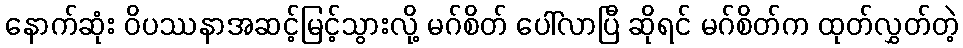
နောက်ဆုံး ဝိပဿနာအဆင့်မြင့်သွားလို့ မဂ်စိတ် ပေါ်လာပြီ ဆိုရင် မဂ်စိတ်က ထုတ်လွှတ်တဲ့